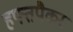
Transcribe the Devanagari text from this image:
हफ्तपैकर